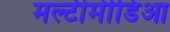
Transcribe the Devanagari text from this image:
मल्टीमीडिआ